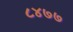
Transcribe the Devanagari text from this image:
८४७७